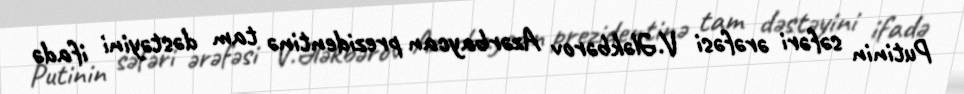
Putinin səfəri ərəfəsi V.Ələkbərov Azərbaycan prezidentinə tam dəstəyini ifadə